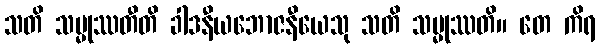
သတိ သမ္မုဿတီတိ ခါဒနီယဘောဇနီယေသု သတိ သမ္မုဿတိ။ တေ ကိရ